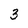
Character: 3